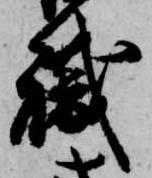
職